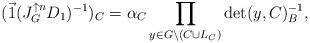
LaTeX: \begin{align*}(\vec {1} (J_{G}^{\uparrow n} D_{1})^{-1})_{C} = \alpha_{C} \prod_{y \in G \setminus (C \cup L_{C})} \det(y,C)^{-1}_{B}, \end{align*}